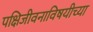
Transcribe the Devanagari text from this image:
पक्षिजीवनाविषयीच्या